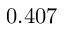
0 . 4 0 7